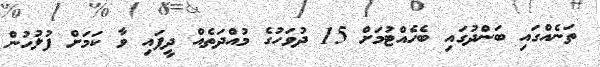
ތަނެއްގައި ބަންދުގައި ބެހެއްޓުމަށް 15 ދުވަހުގެ މުއްދަތެއް ދީފައި ވާ ކަމަށް ފުލުހުން